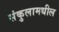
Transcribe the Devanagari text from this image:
संकुलामधील